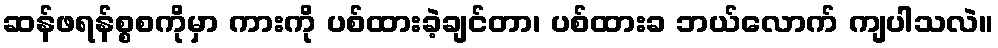
ဆန်ဖရန်စ္စစကိုမှာ ကားကို ပစ်ထားခဲ့ချင်တာ၊ ပစ်ထားခ ဘယ်လောက် ကျပါသလဲ။